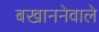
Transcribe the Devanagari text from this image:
बखाननेवाले